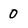
Character: 0